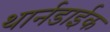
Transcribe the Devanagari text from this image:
थार्नडाईक